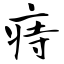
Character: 痔